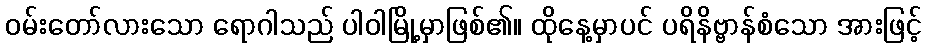
ဝမ်းတော်လားသော ရောဂါသည် ပါဝါမြို့မှာဖြစ်၏။ ထိုနေ့မှာပင် ပရိနိဗ္ဗာန်စံသော အားဖြင့်